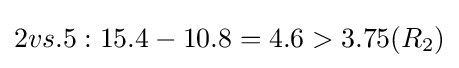
2vs.5:15.4-10.8=4.6>3.75(R_{2})